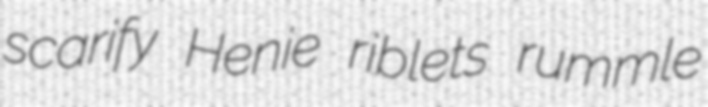
scarify Henie riblets rummle